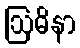
ဩဓိနာ